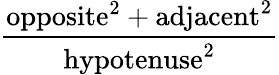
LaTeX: \frac{\mathrm{opposite}^{2}+\mathrm{adjacent}^{2}}{\mathrm{hypotenuse}^{2}}